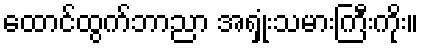
ထောင်ထွက်ဘာညာ အရှုံးသမားကြီးကိုး။